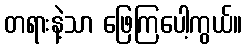
တရားနဲ့သာ ဖြေကြပေါ့ကွယ်။